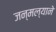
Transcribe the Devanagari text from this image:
जन्मल्याने